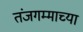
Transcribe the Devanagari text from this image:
तंजगम्माच्या